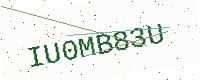
Text: IU0MB83U